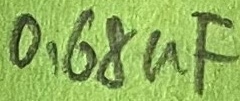
Text: 0,68µF